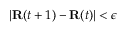
| \mathbf { R } ( t + 1 ) - \mathbf { R } ( t ) | < \epsilon